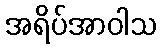
အရိပ်အာဝါသ